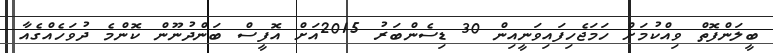
ބީލަންފޮތް ވިއްކުމަށް ހަމަޖެހިފައިވަނީއިން 30 ޑިސެންބަރު 2015އަށް އޮފީސް ބަންދުނޫން ކޮންމެ ދުވަހެއްގެއާ